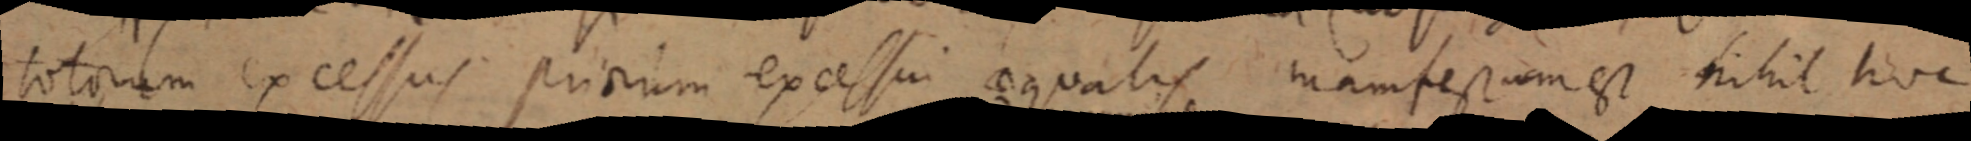
totorum excessus priorum excessui aequalis manfestum est nihil hoc